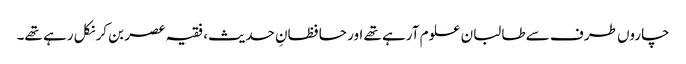
چاروں طرف سے طالبان علوم آرہے تھے اور حافظانِ حدیث، فقیہ عصر بن کر نکل رہے تھے۔